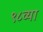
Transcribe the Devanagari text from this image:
९८व्या